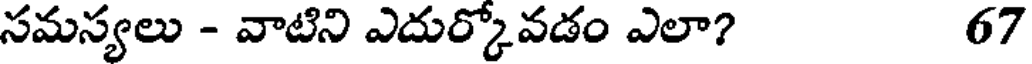
సమస్యలు - వాటిని ఎదుర్కోవడం ఎలా? 67